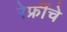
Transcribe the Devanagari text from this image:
रेफ्रींचे